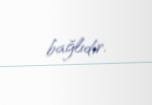
bağlıdır.